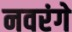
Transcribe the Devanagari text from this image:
नवरंगे